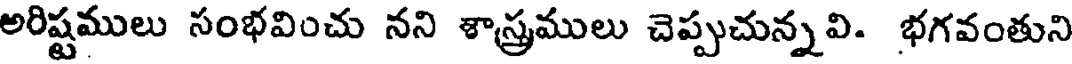
అరిష్టములు సంభవించు నని శాస్త్రములు చెప్పుచున్నవి. భగవంతుని